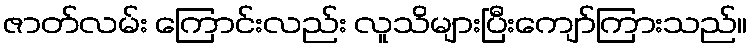
ဇာတ်လမ်း ကြောင်းလည်း လူသိများပြီးကျော်ကြားသည်။